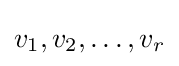
v_{1},v_{2},\dots ,v_{r}